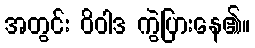
အတွင်း ဝိဝါဒ ကွဲပြားနေ၏။